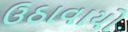
ઉઠાવાયો